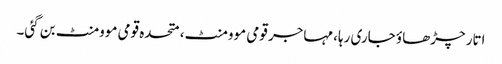
اتار چڑھاؤ جاری رہا، مہاجر قومی موومنٹ، متحدہ قومی موومنٹ بن گئی۔